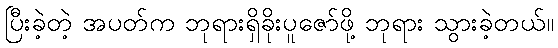
ပြီးခဲ့တဲ့ အပတ်က ဘုရားရှိခိုးပူဇော်ဖို့ ဘုရား သွားခဲ့တယ်။